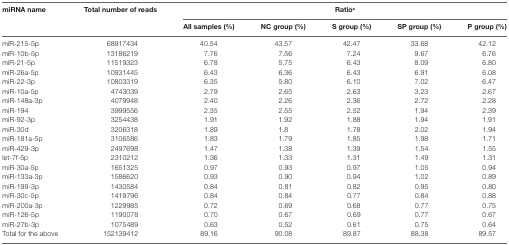
<table><thead><tr><td rowspan="2"><b>miRNA name</b></td><td rowspan="2"><b>Total number of reads</b></td><td colspan="5"><b>Ratio<sup>a</sup></b></td></tr><tr><td><b>All samples (%)</b></td><td><b>NC group (%)</b></td><td><b>S group (%)</b></td><td><b>SP group (%)</b></td><td><b>P group (%)</b></td></tr></thead><tbody><tr><td>miR-215-5p</td><td>68917434</td><td>40.54</td><td>43.57</td><td>42.47</td><td>33.68</td><td>42.12</td></tr><tr><td>miR-10b-5p</td><td>13186219</td><td>7.76</td><td>7.56</td><td>7.24</td><td>9.67</td><td>6.76</td></tr><tr><td>miR-21-5p</td><td>11519323</td><td>6.78</td><td>5.75</td><td>6.43</td><td>8.09</td><td>6.80</td></tr><tr><td>miR-26a-5p</td><td>10931445</td><td>6.43</td><td>6.36</td><td>6.43</td><td>6.91</td><td>6.08</td></tr><tr><td>miR-22-3p</td><td>10803319</td><td>6.35</td><td>5.80</td><td>6.10</td><td>7.02</td><td>6.47</td></tr><tr><td>miR-10a-5p</td><td>4743039</td><td>2.79</td><td>2.65</td><td>2.63</td><td>3.23</td><td>2.67</td></tr><tr><td>miR-148a-3p</td><td>4079948</td><td>2.40</td><td>2.26</td><td>2.36</td><td>2.72</td><td>2.28</td></tr><tr><td>miR-194</td><td>3999556</td><td>2.35</td><td>2.55</td><td>2.52</td><td>1.94</td><td>2.39</td></tr><tr><td>miR-92-3p</td><td>3254438</td><td>1.91</td><td>1.92</td><td>1.88</td><td>1.94</td><td>1.91</td></tr><tr><td>miR-30d</td><td>3206318</td><td>1.89</td><td>1.8</td><td>1.78</td><td>2.02</td><td>1.94</td></tr><tr><td>miR-181a-5p</td><td>3106586</td><td>1.83</td><td>1.79</td><td>1.85</td><td>1.98</td><td>1.71</td></tr><tr><td>miR-429-3p</td><td>2497698</td><td>1.47</td><td>1.38</td><td>1.39</td><td>1.54</td><td>1.55</td></tr><tr><td>let-7f-5p</td><td>2310212</td><td>1.36</td><td>1.33</td><td>1.31</td><td>1.49</td><td>1.31</td></tr><tr><td>miR-30a-5p</td><td>1651325</td><td>0.97</td><td>0.93</td><td>0.97</td><td>1.05</td><td>0.94</td></tr><tr><td>miR-133a-3p</td><td>1586620</td><td>0.93</td><td>0.90</td><td>0.94</td><td>1.02</td><td>0.89</td></tr><tr><td>miR-199-3p</td><td>1430584</td><td>0.84</td><td>0.81</td><td>0.82</td><td>0.95</td><td>0.80</td></tr><tr><td>miR-30c-5p</td><td>1419796</td><td>0.84</td><td>0.84</td><td>0.77</td><td>0.84</td><td>0.88</td></tr><tr><td>miR-200a-3p</td><td>1229985</td><td>0.72</td><td>0.69</td><td>0.68</td><td>0.77</td><td>0.75</td></tr><tr><td>miR-126-5p</td><td>1190078</td><td>0.70</td><td>0.67</td><td>0.69</td><td>0.77</td><td>0.67</td></tr><tr><td>miR-27b-3p</td><td>1075489</td><td>0.63</td><td>0.52</td><td>0.61</td><td>0.75</td><td>0.64</td></tr><tr><td>Total for the above</td><td>152139412</td><td>89.16</td><td>90.08</td><td>89.87</td><td>88.38</td><td>89.57</td></tr></tbody></table>